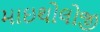
માઇથોલોજી